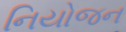
નિયોજન